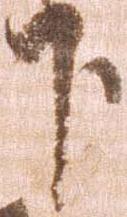
下